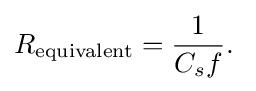
R_{\text{equivalent}}={1 \over {C_{s}f}}.\